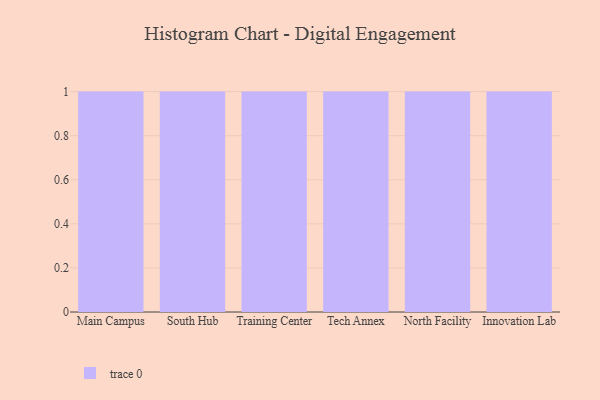
{"axis": {"x": "Campus", "y": "Tickets Resolved"}, "legend": [""], "data": [{"x": "Main Campus", "y": 35, "type": ""}, {"x": "South Hub", "y": 92, "type": ""}, {"x": "Training Center", "y": 10, "type": ""}, {"x": "Tech Annex", "y": 43, "type": ""}, {"x": "North Facility", "y": 14, "type": ""}, {"x": "Innovation Lab", "y": 94, "type": ""}]}